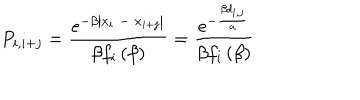
P _ { i , i + j } = \frac { e ^ { - \beta \left| x _ { i } \; - \; x _ { i + j } \right| } } { \beta f _ { i } \left( \beta \right) } = \frac { e ^ { - \frac { \beta d _ { i , j } } { a } } } { \beta f _ { i } \left( \beta \right) }